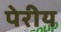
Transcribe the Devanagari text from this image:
पेरीय